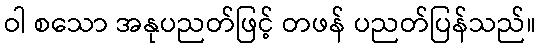
ဝါ စသော အနုပညတ်ဖြင့် တဖန် ပညတ်ပြန်သည်။